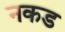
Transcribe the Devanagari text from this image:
नकड